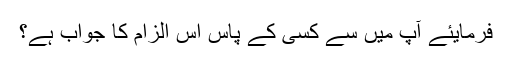
فرمایئے آپ میں سے کسی کے پاس اس الزام کا جواب ہے؟